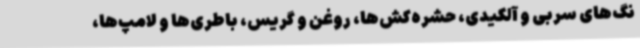
نگ‌های سربی و آلکیدی، حشره‌کش‌ها، روغن و گریس، باطری‌ها و لامپ‌ها،